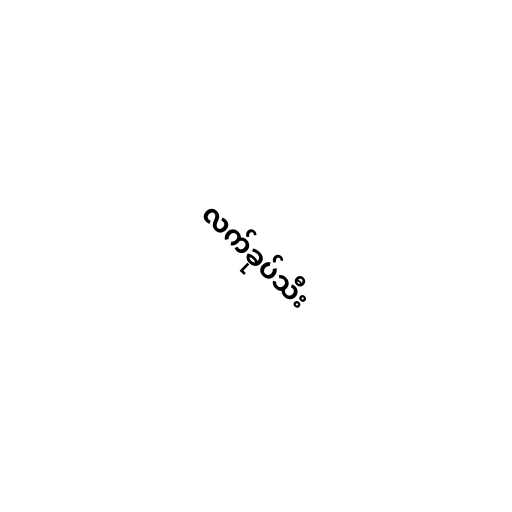
လက်ခုပ်သီး